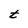
Character: t